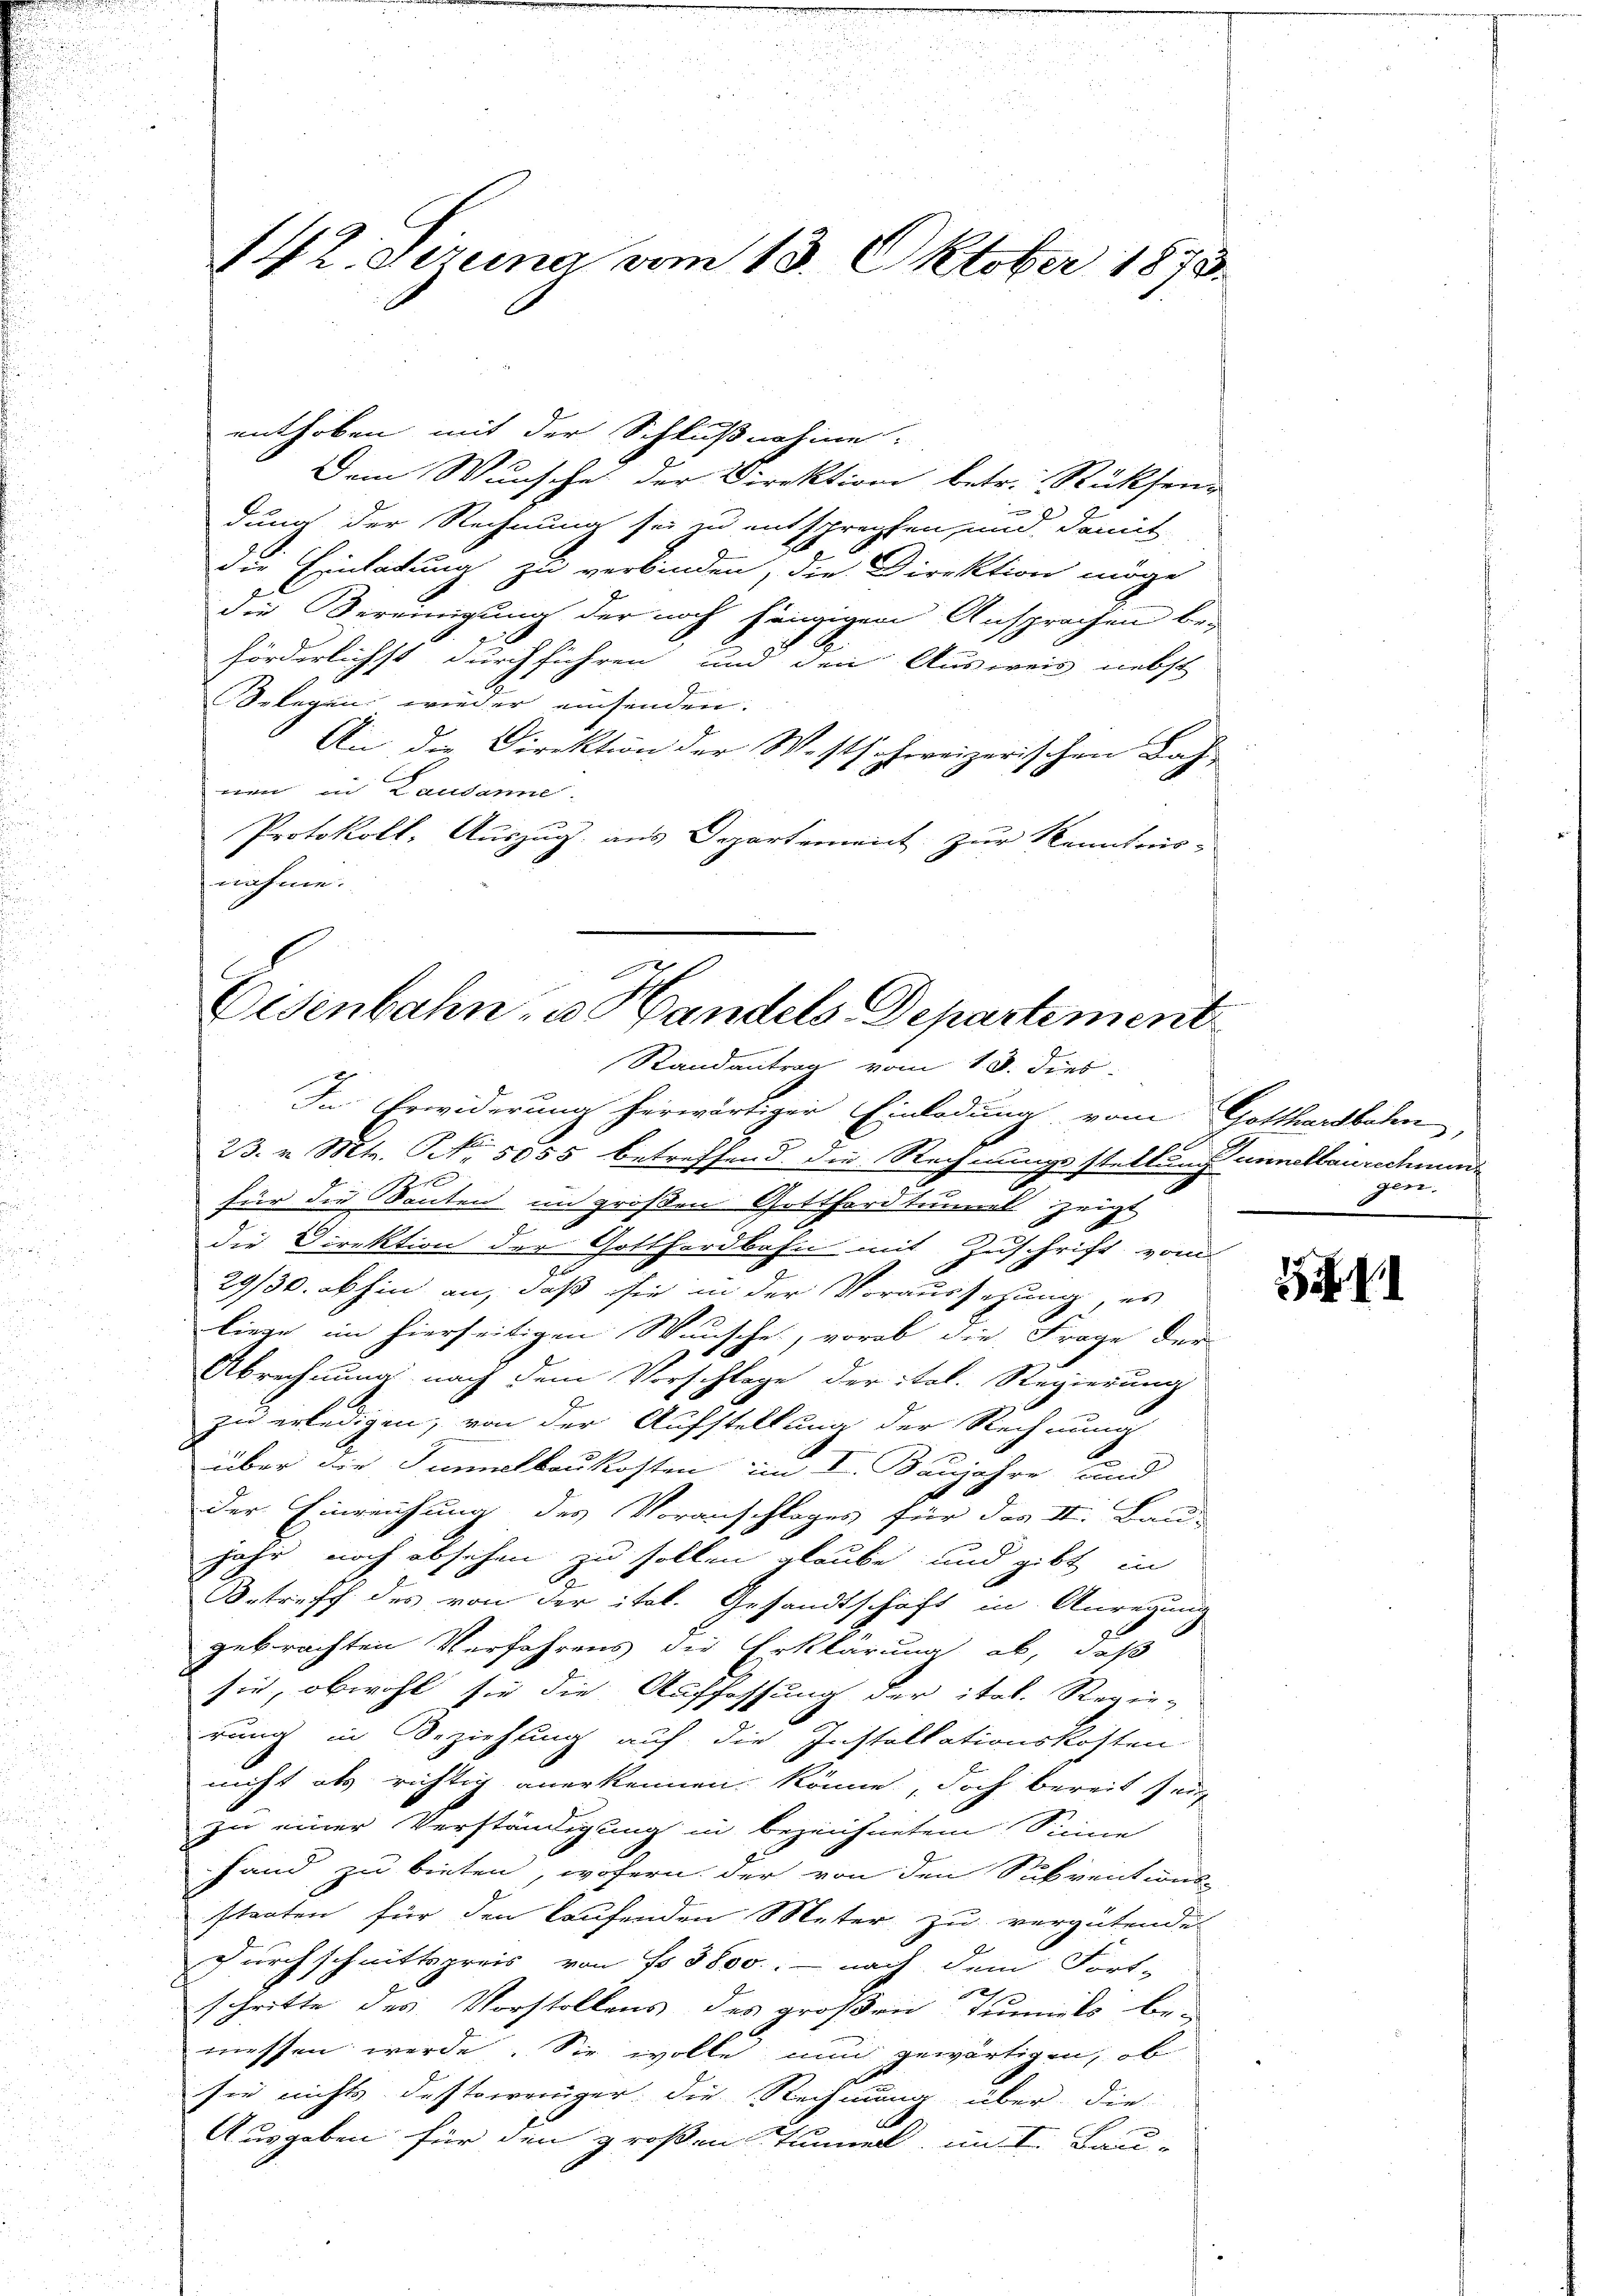
enthoben mit der Schlußnahme.
Dem Wunsche der Direktion betr. Rücksen-
dung der Rechnung sei zu entsprechten und damit
die Einladung zu verbinden, die Direktion möge
die Bereinigung der noch hängigen Ansprachen beförderlichst durchführen und den Ausweis nebst
Selegen wieder einsenden.
An die Direktion der Westschweizerischen Bah-
eon in Lausanne.
Protokoll, Auszug aus Departement zur Kenntnis-
nähme.

142. gereina vom 13. Oktober 1873.

Eisenbahn u. Handels Departement
Randantrag vom 13. dies

In Erwiderung herwärtiger Einladung vom Gotthardbahn,
23. v. Mts. No. 5055 betreffend die Rechnungsstellung unnelbaurechnung
2
für die Bauten im großen Gotthardtunnel zeigt
die Direktion der Gotthardbahn mit Zuschrift vom
29/30. abhin an, daß sie in der Voraussehung, es
liege im hierseitigen Wunsche, vorab die Frage der
Abrechnung nach dem Vorschlage der ital. Regierung
 x
zu erledigen, von der Aufstellung der Rechnung
über die Sumalbaukosten im I. Bauictre und
10
der Einreichung des Voranschlages für das II. Band
jahr noch absehen zu sollen glaube und gibt in
Betreff des von der ital. Gesandtschaft in Anregung
gebrachten Verfahrens die Erklärung ab, daß
sie, obwohl sie die Auffassung der ital. Regie-
rung in Beziehung auf die Installationskosten.
nicht als richtig anerkennen könne, doch bereit seit
zu einer Verständigung in bezeichnetem Sinne
fand zu bieten, wofern der von den Subventions-
stanten für den laufenden Meter zu vergütende
Durchschnittspreis von No 3800; — nach dem Fort-
x
schritte des Vorstellens des großen Tunnels be-
messen werde. Sie wolle nun gewärtigen, ob
sie nichts destoweniger die Rechnung über die
Ausgaben für den großen Tunnell, im I. Bau-

gen.
I

1